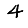
Digit: 4